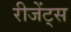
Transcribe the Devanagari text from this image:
रीजेंट्स